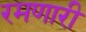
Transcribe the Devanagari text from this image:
रमणारी